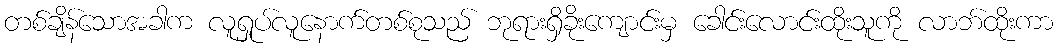
တစ်ချိန်သောအခါက လူရှုပ်လူနောက်တစ်စုသည် ဘုရားရှိခိုးကျောင်းမှ ခေါင်းလောင်းထိုးသူကို လာဘ်ထိုးကာ